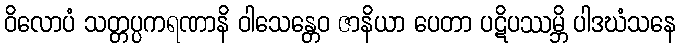
ဝိလောပံ သတ္တပ္ပကရဏာနိ ဝါသေန္တေဝ ဇာနိယာ ပေတာ ပဋိပဿမ္ဘိ ပါဒဃံသနေ